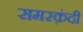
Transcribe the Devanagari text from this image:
समरक़ंदी